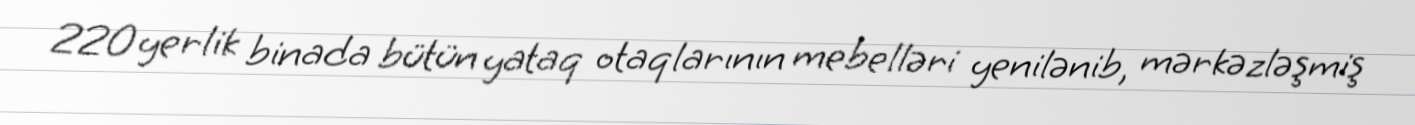
220 yerlik binada bütün yataq otaqlarının mebelləri yenilənib, mərkəzləşmiş